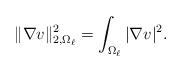
LaTeX: \begin{align*}\| \nabla v \|^2_{2, \Omega_\ell} = \int_{\Omega_\ell} |\nabla v|^2.\end{align*}